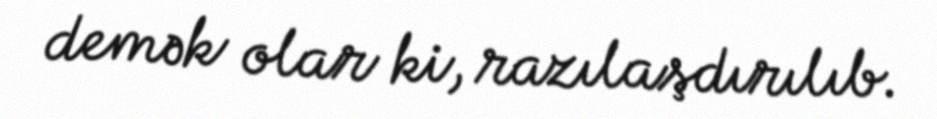
demək olar ki, razılaşdırılıb.